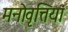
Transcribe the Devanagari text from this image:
मनोवृत्तियां